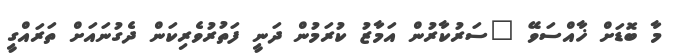
މާ ބޮޑަށް ޚާއްސަވޭ "ސަރުކާރުން އަމާޒު ކުރަމުން ދަނީ ފަތުރުވެރިކަން ދެގުނައަށް ތަރައްގީ